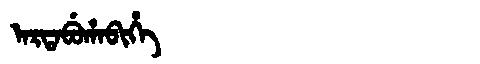
Manchu: ᠠᡵᡨᠠᠪᡠᡥᠠᠪᡳᡥᡝ
Romanization: ARTABUHABIHE